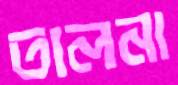
তালনা